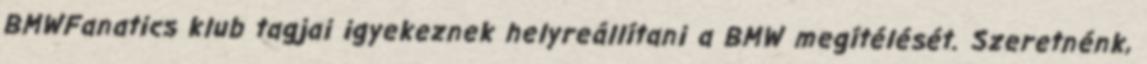
BMWFanatics klub tagjai igyekeznek helyreállítani a BMW megítélését. Szeretnénk,